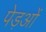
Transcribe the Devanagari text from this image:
पेड़ओं